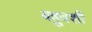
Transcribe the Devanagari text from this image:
बहुवशी